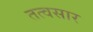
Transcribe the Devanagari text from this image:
तत्वसार